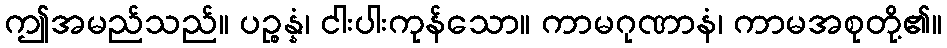
ဤအမည်သည်။ ပဉ္စန္နံ၊ ငါးပါးကုန်သော။ ကာမဂုဏာနံ၊ ကာမအစုတို့၏။